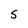
Character: S